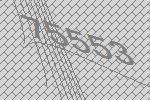
75553